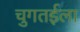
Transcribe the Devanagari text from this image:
चुगतईला